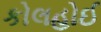
કોલહોઈ